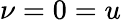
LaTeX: \nu=0=u